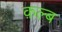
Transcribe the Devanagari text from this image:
क़ल्ब